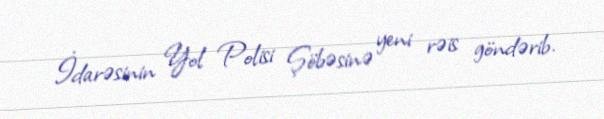
İdarəsinin Yol Polisi Şöbəsinə yeni rəis göndərib.